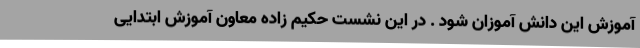
آموزش این دانش آموزان شود . در این نشست حکیم زاده معاون آموزش ابتدایی